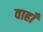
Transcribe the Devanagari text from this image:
वाहाँ